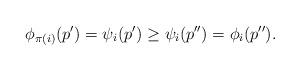
LaTeX: \begin{align*}\phi_{\pi(i)} (p') = \psi_i (p') \geq \psi_i (p'') = \phi_i (p''). \end{align*}